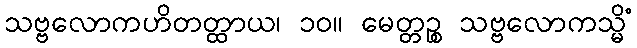
သဗ္ဗလောကဟိတတ္ထာယ၊ ၁၀။ မေတ္တဉ္စ သဗ္ဗလောကသ္မိံ